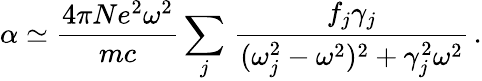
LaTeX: \alpha\simeq\frac{4\pi Ne^{2}\omega^{2}}{mc}\sum_{j}\, \frac{f_{j}\gamma_{j}}{(\omega_{j}^{2}-\omega^{2})^{2}+\gamma_{j}^{2}\omega^{2}}\, .